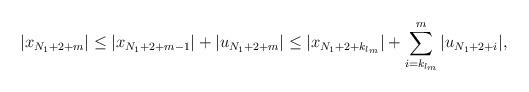
LaTeX: \begin{align*}|x_{N_1+2+m}|\le |x_{N_1+2+m-1}| +|u_{N_1+2+m}|\le |x_{N_1+2+k_{l_m}}| +\sum_{i=k_{l_m}}^{m}|u_{N_1+2+i}|,\end{align*}